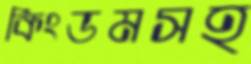
কিংডমসহ